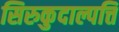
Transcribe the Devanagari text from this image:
सिरुकुदाल्पत्ति